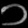
Digit: ၁